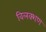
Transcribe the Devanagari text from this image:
विलक्शण